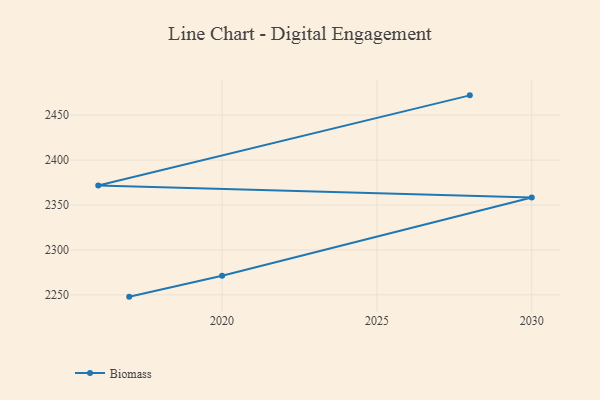
{"axis": {"x": "Year", "y": "Humidity (%)"}, "legend": ["Biomass"], "data": [{"x": "2017", "y": 2248.0, "type": "Biomass"}, {"x": "2020", "y": 2271.2, "type": "Biomass"}, {"x": "2030", "y": 2358.4, "type": "Biomass"}, {"x": "2016", "y": 2371.7, "type": "Biomass"}, {"x": "2028", "y": 2472.0, "type": "Biomass"}]}